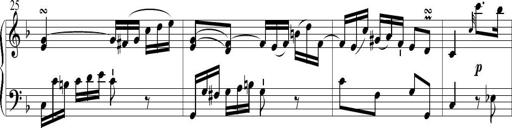
Title: 6 Leichte Sonatinen, Teil 1
Composer: F. Sigismund Sander